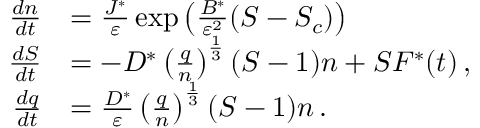
\begin{array} { r l } { { \frac { d n } { d t } } } & { = \frac { J ^ { * } } { { \varepsilon } } \exp \left( \frac { B ^ { * } } { { \varepsilon } ^ { 2 } } ( S - S _ { c } ) \right) } \\ { { \frac { d S } { d t } } } & { = \leavevmode { - D ^ { * } \left( \frac { q } { n } \right) ^ { \frac { 1 } { 3 } } ( S - 1 ) n + S F ^ { * } ( t ) } \, , } \\ { { \frac { d q } { d t } } } & { = \frac { D ^ { * } } { { \varepsilon } } \left( \frac { q } { n } \right) ^ { \frac { 1 } { 3 } } ( S - 1 ) n \, . } \end{array}